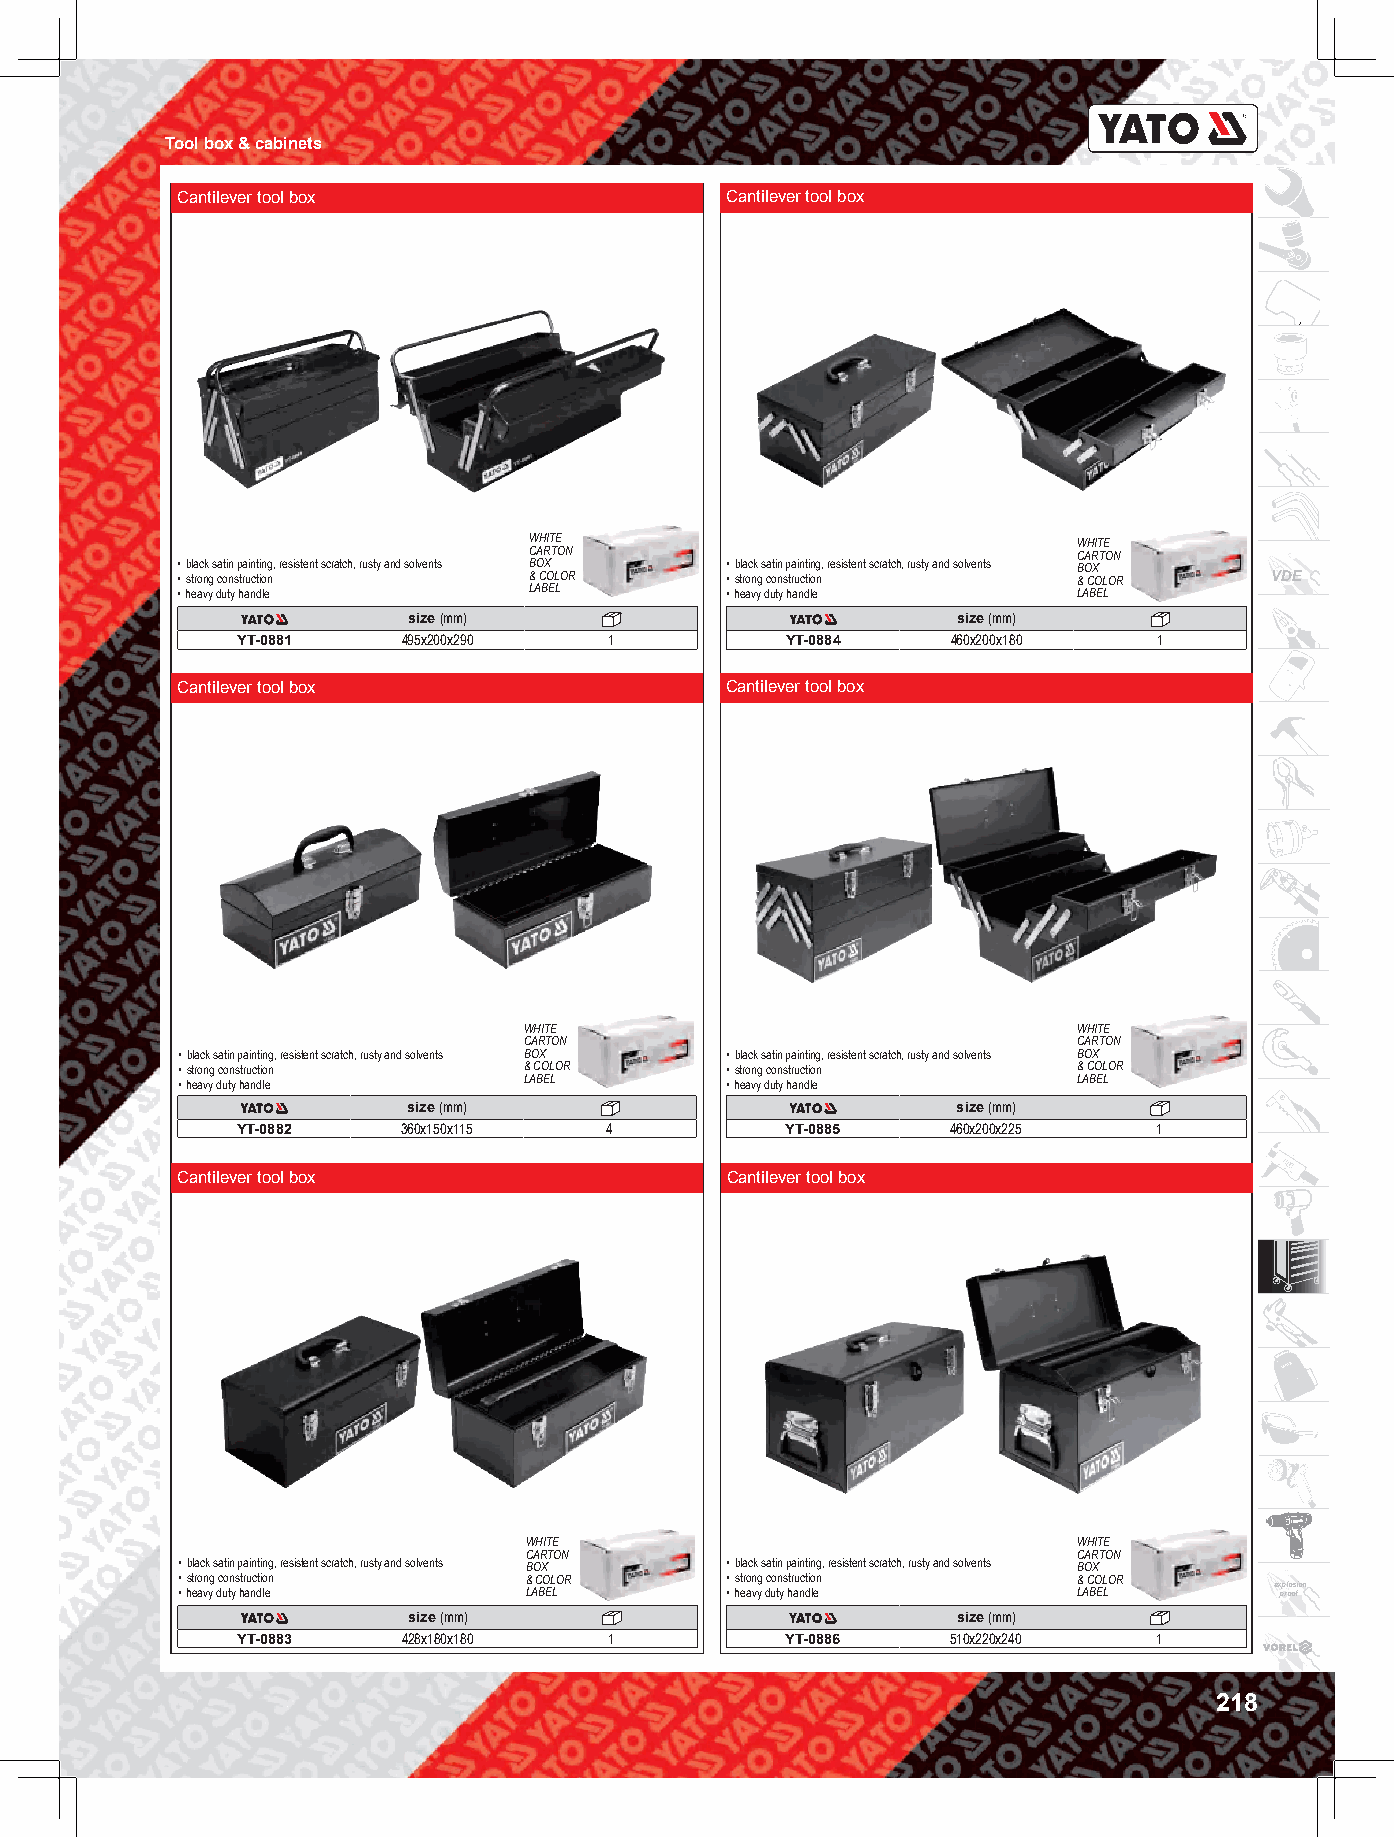
Tool box & cabinets
 Cantilever tool box                 Cantilever tool box
 WHITE                               WHITE
 CARTON                              CARTON
 • black satin painting, resistent scratch, rusty and solvents BOX • black satin painting, resistent scratch, rusty and solvents BOX
 • strong construction  & COLOR      • strong construction  & COLOR      VDE
 • heavy duty handle    LABEL        • heavy duty handle    LABEL
 size (mm)                           size (mm)
 YT-0881    495x200x290  1           YT-0884    460x200x180   1
 Cantilever tool box                 Cantilever tool box
 WHITE                               WHITE
 CARTON                              CARTON
 • black satin painting, resistent scratch, rusty and solvents BOX • black satin painting, resistent scratch, rusty and solvents BOX
 • strong construction  & COLOR      • strong construction  & COLOR
 • heavy duty handle    LABEL        • heavy duty handle    LABEL
 size (mm)                           size (mm)
 YT-0882    360x150x115  4           YT-0885    460x200x225   1
 Cantilever tool box                 Cantilever tool box
 WHITE                               WHITE
 CARTON                              CARTON
 • black satin painting, resistent scratch, rusty and solvents BOX • black satin painting, resistent scratch, rusty and solvents BOX
 • strong construction  & COLOR      • strong construction  & COLOR
 • heavy duty handle    LABEL        • heavy duty handle    LABEL        e x pp rl oo os fion
 size (mm)                           size (mm)
 YT-0883    428x180x180  1           YT-0886    510x220x240   1
 218